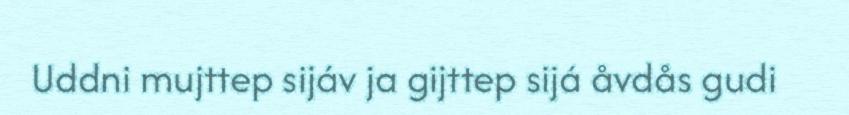
Uddni mujttep sijáv ja gijttep sijá åvdås gudi